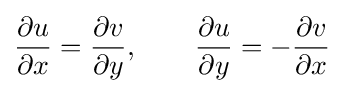
{\frac {\partial u}{\partial x}}={\frac {\partial v}{\partial y}},\ \ \ \ \ \ {\frac {\partial u}{\partial y}}=-{\frac {\partial v}{\partial x}}